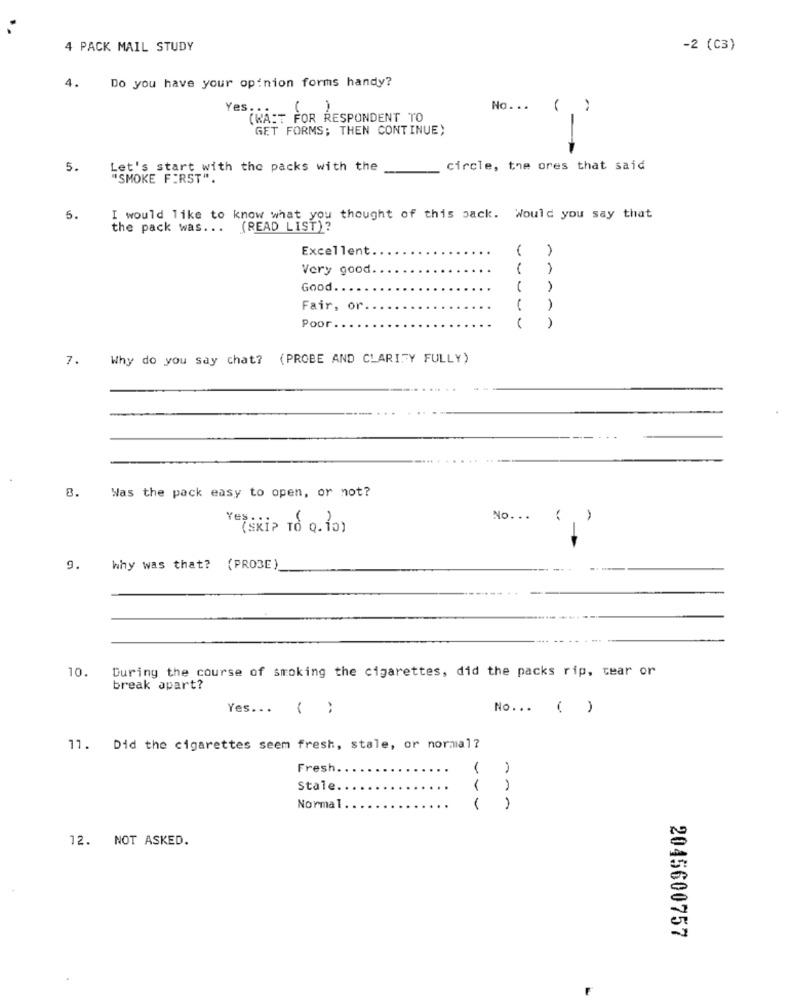
..
4 PACK MAIL STUDY
-2 (C3)
4. Do you have your opinion forms handy?
Yes. . .
No. ..
(WAIT FOR RESPONDENT TO
GET FORMS; THEN CONTINUE)
5.
Let's start with the packs with the
circle, the ores that said
"SMOKE FIRST".
5.
I would like to know what you thought of this pack. Would you say that
the pack was ... (READ LIST)?
Excellent
Very good.
Good
Fair, or
Poor
7.
Why do you say chat?
(PROBE AND CLARIFY FULLY)
8.
Was the pack easy to open, or not?
No ...
(. )
(SKIP TO Q. 10)
9.
Why was that? (PRO3E)
10.
During the course of smoking the cigarettes, did the packs rip, tear or
break apart?
Yes ... ( )
No ... ( )
11. Did the cigarettes seem fresh, stale, or normal?
Fresh.
1
Stale
1
Normal
1
1
12. NOT ASKED.
2045600757